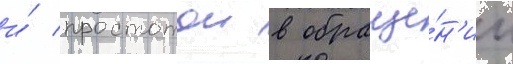
и́ простотои в обраще́н'ии